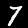
Label: 7